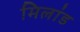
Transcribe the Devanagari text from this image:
मिलांड